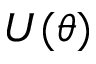
U ( \theta )